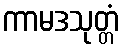
ကာမဒသုတ္တံ